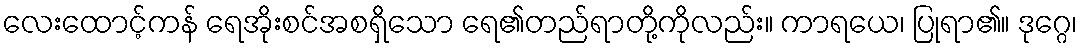
လေးထောင့်ကန် ရေအိုးစင်အစရှိသော ရေ၏တည်ရာတို့ကိုလည်း။ ကာရယေ၊ ပြုရာ၏။ ဒုဂ္ဂေ၊